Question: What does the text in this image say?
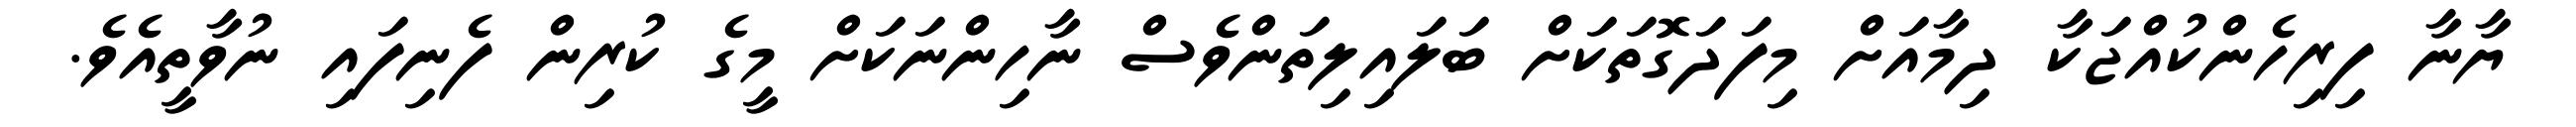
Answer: ޔާނާ ފިރިހެންކުއްޖަކާ ދިމާއަށް މިފަދަގޮތަކަށް ބަލައިލިތަންވެސް ނާހިންނަކަށް މީގެ ކުރިން ފެނިފައި ނުވާތީއެވެ.